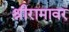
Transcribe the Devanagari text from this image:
श्रीरामावर